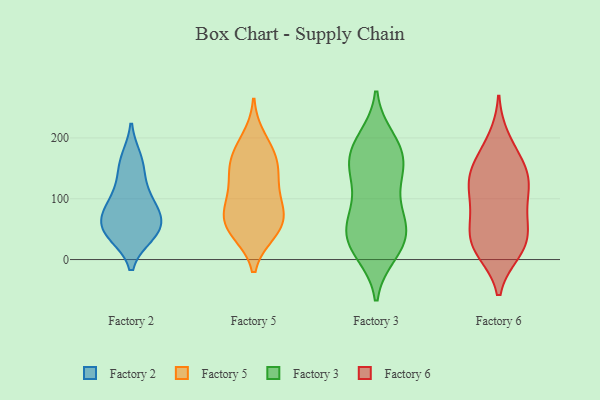
{"axis": {"x": "Energy Usage (MWh)", "y": "Value"}, "legend": ["Factory 2", "Factory 3", "Factory 5", "Factory 6"], "data": [{"x": "", "y": 70, "type": "Factory 2"}, {"x": "", "y": 49, "type": "Factory 2"}, {"x": "", "y": 156, "type": "Factory 2"}, {"x": "", "y": 71, "type": "Factory 2"}, {"x": "", "y": 41, "type": "Factory 2"}, {"x": "", "y": 92, "type": "Factory 2"}, {"x": "", "y": 47, "type": "Factory 2"}, {"x": "", "y": 92, "type": "Factory 2"}, {"x": "", "y": 165, "type": "Factory 2"}, {"x": "", "y": 44, "type": "Factory 2"}, {"x": "", "y": 122, "type": "Factory 2"}, {"x": "", "y": 45, "type": "Factory 5"}, {"x": "", "y": 58, "type": "Factory 5"}, {"x": "", "y": 158, "type": "Factory 5"}, {"x": "", "y": 85, "type": "Factory 5"}, {"x": "", "y": 199, "type": "Factory 5"}, {"x": "", "y": 84, "type": "Factory 5"}, {"x": "", "y": 167, "type": "Factory 5"}, {"x": "", "y": 139, "type": "Factory 5"}, {"x": "", "y": 54, "type": "Factory 5"}, {"x": "", "y": 46, "type": "Factory 5"}, {"x": "", "y": 175, "type": "Factory 5"}, {"x": "", "y": 134, "type": "Factory 5"}, {"x": "", "y": 77, "type": "Factory 5"}, {"x": "", "y": 110, "type": "Factory 5"}, {"x": "", "y": 135, "type": "Factory 3"}, {"x": "", "y": 140, "type": "Factory 3"}, {"x": "", "y": 20, "type": "Factory 3"}, {"x": "", "y": 41, "type": "Factory 3"}, {"x": "", "y": 72, "type": "Factory 3"}, {"x": "", "y": 193, "type": "Factory 3"}, {"x": "", "y": 10, "type": "Factory 3"}, {"x": "", "y": 104, "type": "Factory 3"}, {"x": "", "y": 53, "type": "Factory 3"}, {"x": "", "y": 181, "type": "Factory 3"}, {"x": "", "y": 148, "type": "Factory 3"}, {"x": "", "y": 25, "type": "Factory 3"}, {"x": "", "y": 199, "type": "Factory 3"}, {"x": "", "y": 185, "type": "Factory 3"}, {"x": "", "y": 156, "type": "Factory 3"}, {"x": "", "y": 71, "type": "Factory 3"}, {"x": "", "y": 161, "type": "Factory 3"}, {"x": "", "y": 45, "type": "Factory 3"}, {"x": "", "y": 14, "type": "Factory 3"}, {"x": "", "y": 62, "type": "Factory 3"}, {"x": "", "y": 19, "type": "Factory 6"}, {"x": "", "y": 35, "type": "Factory 6"}, {"x": "", "y": 66, "type": "Factory 6"}, {"x": "", "y": 137, "type": "Factory 6"}, {"x": "", "y": 30, "type": "Factory 6"}, {"x": "", "y": 173, "type": "Factory 6"}, {"x": "", "y": 83, "type": "Factory 6"}, {"x": "", "y": 197, "type": "Factory 6"}, {"x": "", "y": 132, "type": "Factory 6"}, {"x": "", "y": 63, "type": "Factory 6"}, {"x": "", "y": 118, "type": "Factory 6"}, {"x": "", "y": 14, "type": "Factory 6"}, {"x": "", "y": 152, "type": "Factory 6"}, {"x": "", "y": 136, "type": "Factory 6"}, {"x": "", "y": 106, "type": "Factory 6"}, {"x": "", "y": 19, "type": "Factory 6"}]}